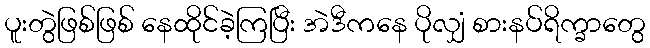
ပူးတွဲဖြစ်ဖြစ် နေထိုင်ခဲ့ကြပြီး အဲဒီကနေ ပိုလျှံ စားနပ်ရိက္ခာတွေ